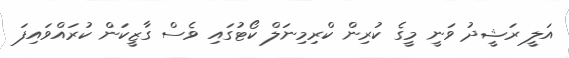
އަލީ ރަޝީދު ވަނީ މީގެ ކުރިން ކްރިމިނަލް ކޯޓުގައި ވެސް ގާޒީކަން ކުރައްވައިފަ